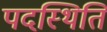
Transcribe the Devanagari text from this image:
पदस्थिति